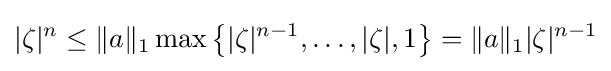
|\zeta |^{n}\leq \|a\|_{1}\max \left\{|\zeta |^{n-1},\ldots ,|\zeta |,1\right\}=\|a\|_{1}|\zeta |^{n-1}